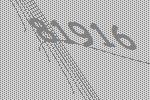
81916